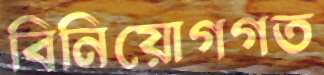
বিনিয়োগগত